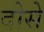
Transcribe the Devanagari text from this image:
दोसे